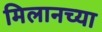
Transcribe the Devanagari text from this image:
मिलानच्या